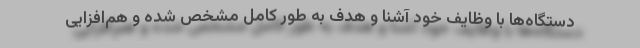
دستگاه‌ها با وظایف خود آشنا و هدف به طور کامل مشخص شده و هم‌افزایی